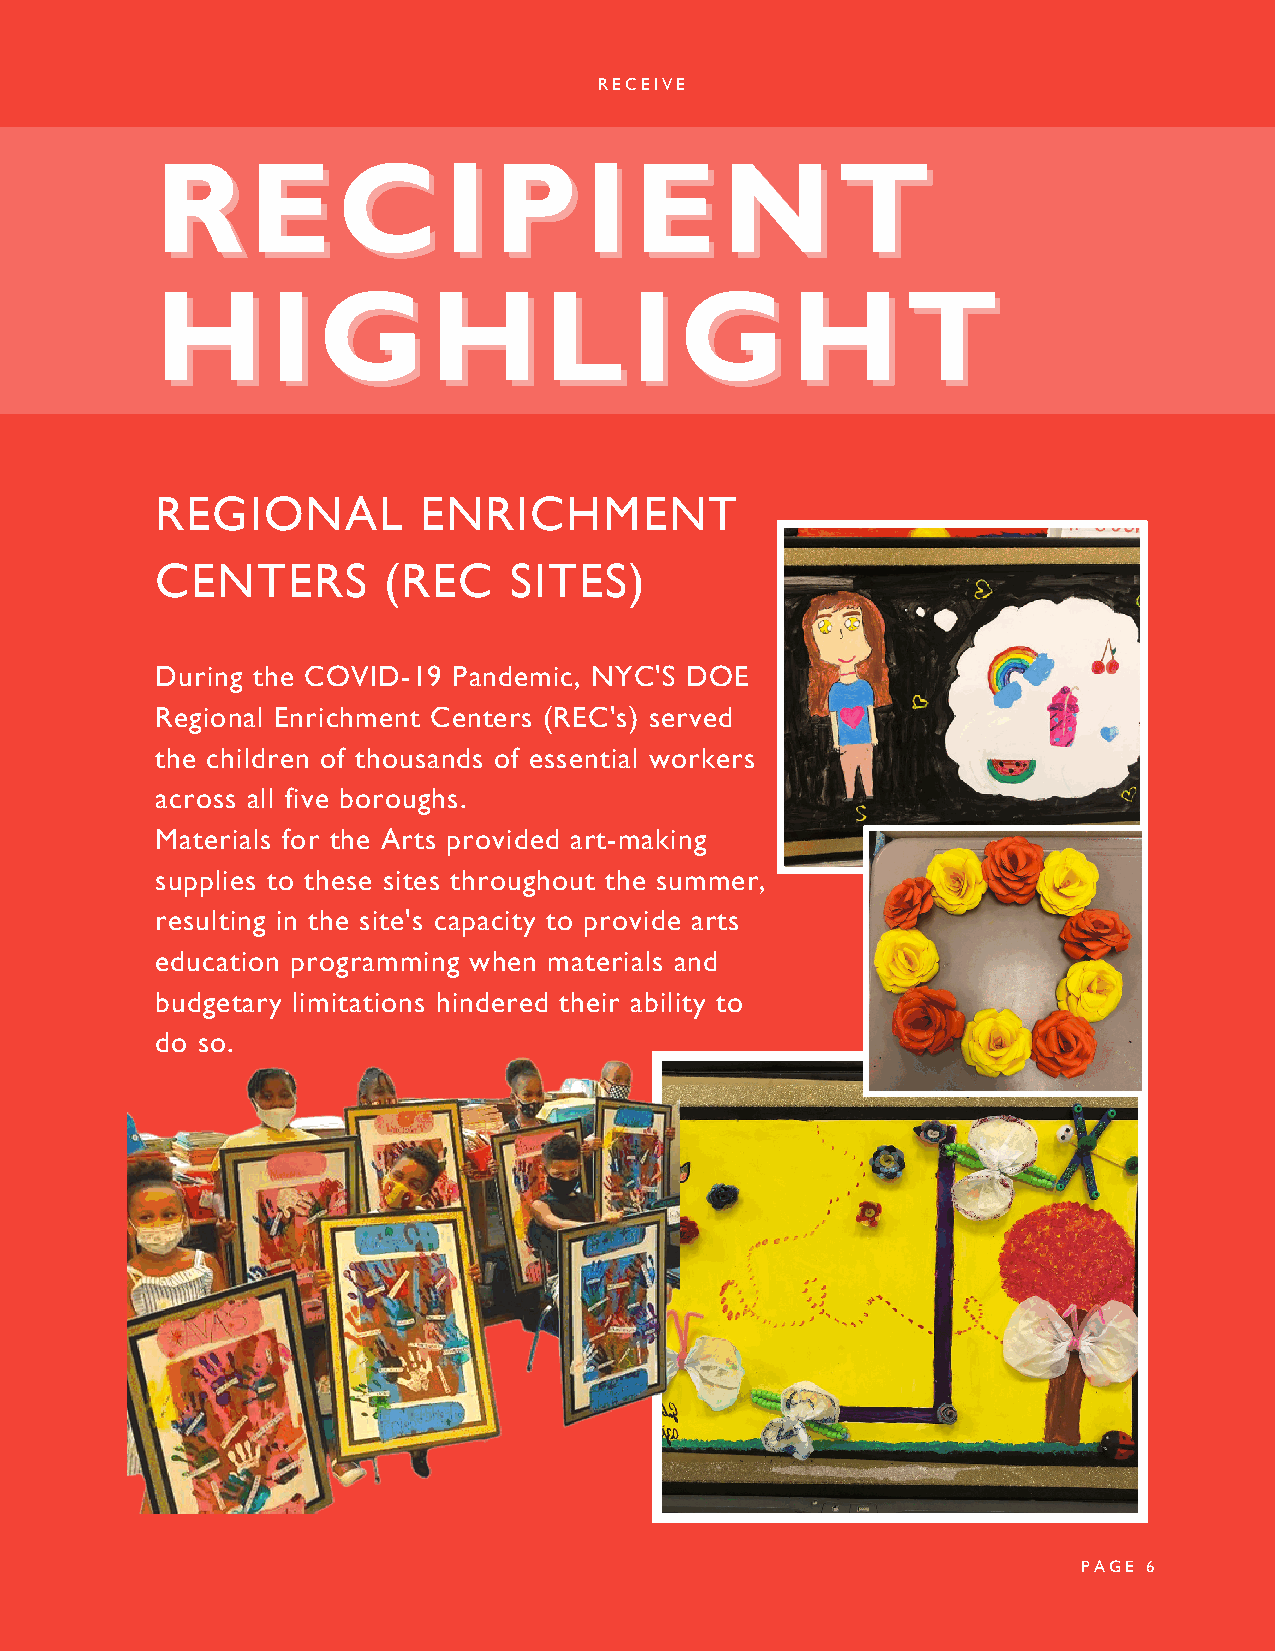
RECEIVE
 RREECCIIPPIIEENNTT
 HHIIGGHHLLIIGGHHTT
 REGIONAL          ENRICHMENT
 CENTERS        (REC     SITES)
 During the COVID-19 Pandemic, NYC'S DOE
 Regional Enrichment Centers (REC's) served
 the children of thousands of essential workers
 across all five boroughs.
 Materials for the Arts provided art-making
 supplies to these sites throughout the summer,
 resulting in the site's capacity to provide arts
 education programming when materials and
 budgetary limitations hindered their ability to
 do so.
 PAGE 6